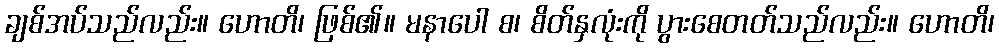
ချစ်အပ်သည်လည်း။ ဟောတိ၊ ဖြစ်၏။ မနာပေါ စ၊ စိတ်နှလုံးကို ပွားစေတတ်သည်လည်း။ ဟောတိ၊